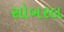
સોબરલ